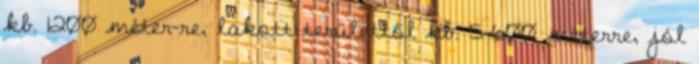
kb. 1200 méter-re, lakott területtől kb. 5-600 méterre, jól